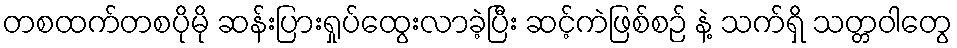
တစထက်တစပိုမို ဆန်းပြားရှုပ်ထွေးလာခဲ့ပြီး ဆင့်ကဲဖြစ်စဉ် နဲ့ သက်ရှိ သတ္တဝါတွေ